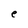
Character: e